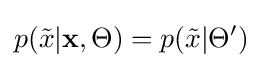
p({\tilde {x}}|\mathbf {x} ,\Theta )=p({\tilde {x}}|\Theta ')